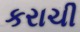
કરાચી